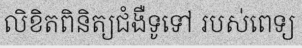
លិខិតពិនិត្យជំងឺទូទៅ របស់ពេទ្យ